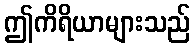
ဤကိရိယာများသည်